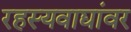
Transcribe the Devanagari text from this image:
रहस्यवाद्यांवर